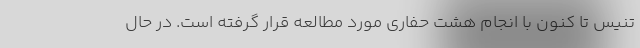
تنیس تا کنون با انجام هشت حفاری مورد مطالعه قرار گرفته است. در حال